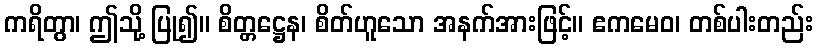
ကရိတွာ၊ ဤသို့ ပြု၍။ စိတ္တဋ္ဌေန၊ စိတ်ဟူသော အနက်အားဖြင့်။ ဧကမေဝ၊ တစ်ပါးတည်း